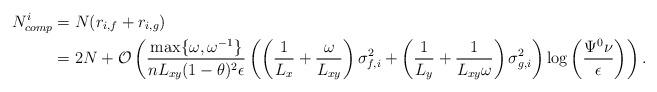
LaTeX: \begin{align*}N_{comp}^i &= N(r_{i, f}+r_{i, g}) \\&= 2N + \mathcal{O}\left( \frac{\max\{\omega, \omega^{-1}\}}{nL_{xy}(1-\theta)^2\epsilon}\left( \left( \frac{1}{L_{x}}+\frac{\omega}{L_{xy}} \right)\sigma_{f, i}^2 + \left( \frac{1}{L_{y}}+\frac{1}{L_{xy}\omega} \right)\sigma_{g, i}^2 \right)\log\left(\frac{\Psi^0\nu}{\epsilon}\right)\right).\end{align*}